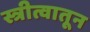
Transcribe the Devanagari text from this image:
स्त्रीत्वातून